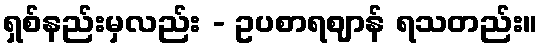
ရှစ်နည်းမှလည်း - ဥပစာရဈာန် ရသတည်း။